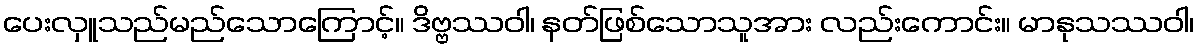
ပေးလှူသည်မည်သောကြောင့်။ ဒိဗ္ဗဿဝါ၊ နတ်ဖြစ်သောသူအား လည်းကောင်း။ မာနုသဿဝါ၊